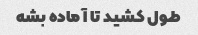
طول کشید تا آماده بشه